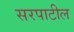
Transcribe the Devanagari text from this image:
सरपाटील